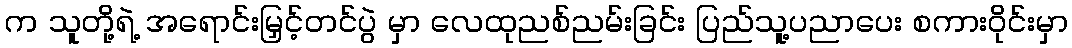
က သူတို့ရဲ့ အရောင်းမြှင့်တင်ပွဲ မှာ လေထုညစ်ညမ်းခြင်း ပြည်သူ့ပညာပေး စကားဝိုင်းမှာ